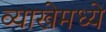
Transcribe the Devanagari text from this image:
व्याखेमध्ये